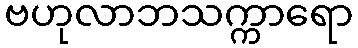
ဗဟုလာဘသက္ကာရော